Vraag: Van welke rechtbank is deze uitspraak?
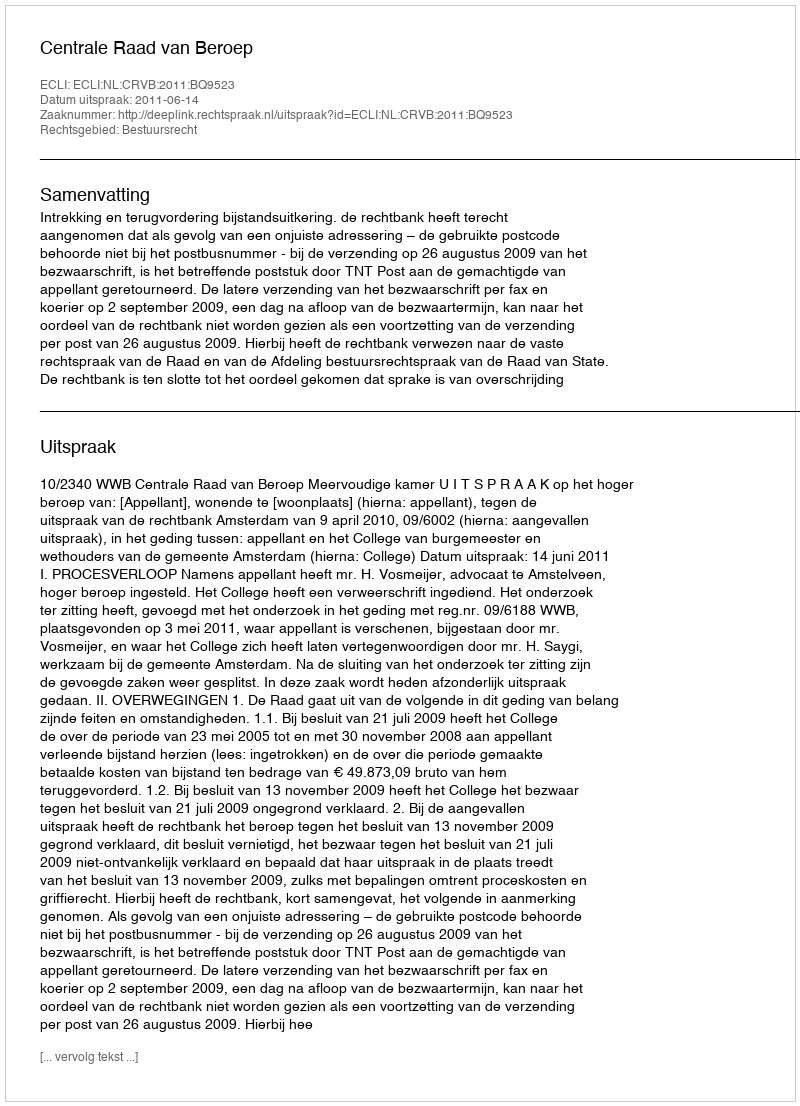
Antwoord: Centrale Raad van Beroep